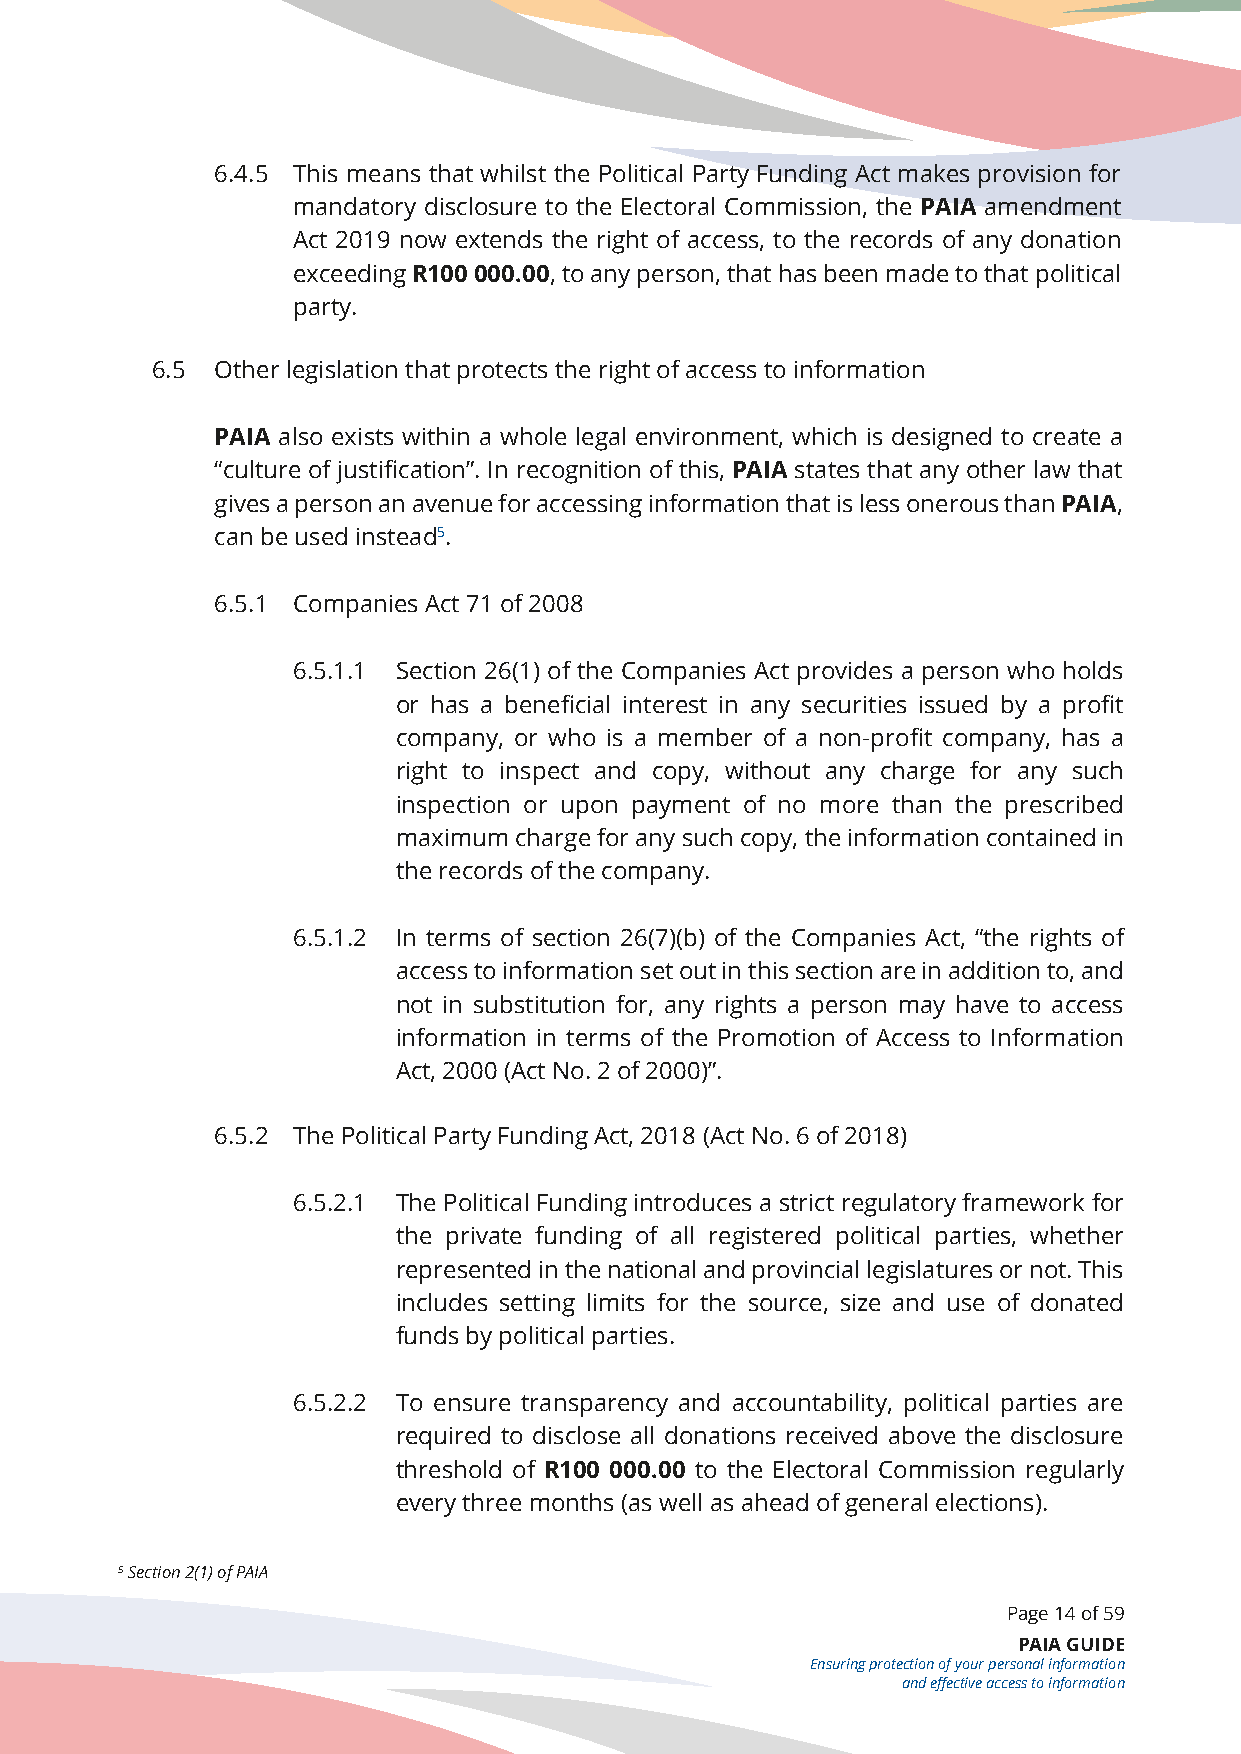
6.4.5 This means that whilst the Political Party Funding Act makes provision for
 mandatory disclosure to the Electoral Commission, the PAIA amendment
 Act 2019 now extends the right of access, to the records of any donation
 exceeding R100 000.00, to any person, that has been made to that political
 party.
 6.5 Other legislation that protects the right of access to information
 PAIA also exists within a whole legal environment, which is designed to create a
 “culture of justification”. In recognition of this, PAIA states that any other law that
 gives a person an avenue for accessing information that is less onerous than PAIA,
 can be used instead5.
 6.5.1 Companies Act 71 of 2008
 6.5.1.1 Section 26(1) of the Companies Act provides a person who holds
 or has a beneficial interest in any securities issued by a profit
 company, or who is a member of a non-profit company, has a
 right to inspect and copy, without any charge for any such
 inspection or upon payment of no more than the prescribed
 maximum charge for any such copy, the information contained in
 the records of the company.
 6.5.1.2 In terms of section 26(7)(b) of the Companies Act, “the rights of
 access to information set out in this section are in addition to, and
 not in substitution for, any rights a person may have to access
 information in terms of the Promotion of Access to Information
 Act, 2000 (Act No. 2 of 2000)”.
 6.5.2 The Political Party Funding Act, 2018 (Act No. 6 of 2018)
 6.5.2.1 The Political Funding introduces a strict regulatory framework for
 the private funding of all registered political parties, whether
 represented in the national and provincial legislatures or not. This
 includes setting limits for the source, size and use of donated
 funds by political parties.
 6.5.2.2 To ensure transparency and accountability, political parties are
 required to disclose all donations received above the disclosure
 threshold of R100 000.00 to the Electoral Commission regularly
 every three months (as well as ahead of general elections).
 5 Section 2(1) of PAIA
 Page 14 of 59
 PAIA GUIDE
 Ensuring protection of your personal information
 and effective access to information